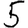
Digit: 5